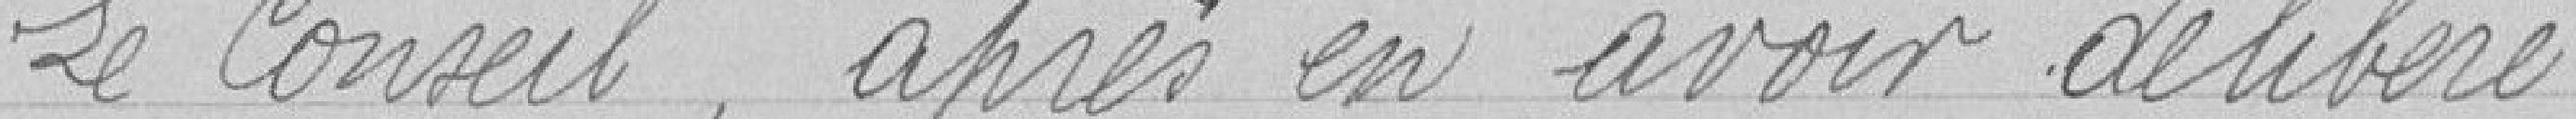
Le conseil, après en avoir délibéré,